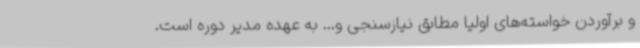
و برآوردن خواسته‌های اولیا مطابق نیازسنجی و... به عهده مدیر دوره است.